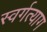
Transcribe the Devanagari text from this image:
स्वर्गत्याग